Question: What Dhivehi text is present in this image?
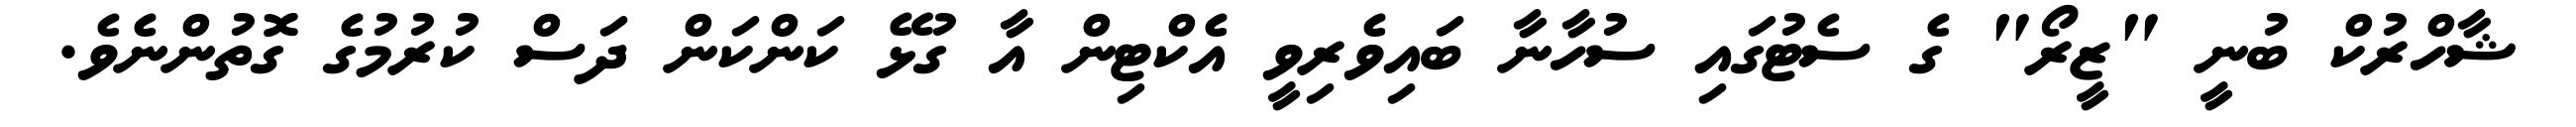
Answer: ޝާހްރުކް ބުނީ "ޒީރޯ" ގެ ސެޓުގައި ސުހާނާ ބައިވެރިވީ އެކްޓިން އާ ގުޅޭ ކަންކަން ދަސް ކުރުމުގެ ގޮތުންނެވެ.